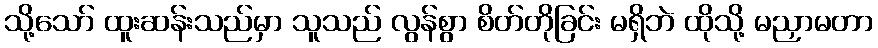
သို့သော် ထူးဆန်းသည်မှာ သူသည် လွန်စွာ စိတ်တိုခြင်း မရှိဘဲ ထိုသို့ မညှာမတာ